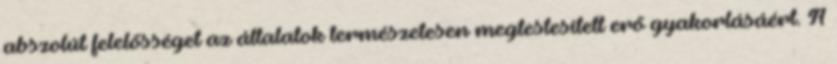
abszolút felelősséget az általatok természetesen megtestesített erő gyakorlásáért. A